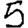
Digit: 5